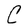
Character: C